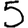
Digit: 5